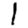
Digit: 1